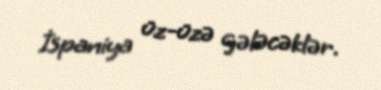
İspaniya üz-üzə gələcəklər.